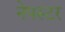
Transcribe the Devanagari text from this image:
नेपस्टर